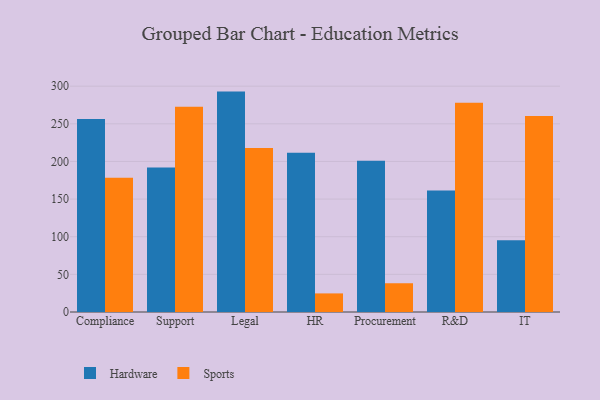
{"axis": {"x": "Department", "y": "Website Visitors"}, "legend": ["Hardware", "Sports"], "data": [{"x": "Compliance", "y": 256.3, "type": "Hardware"}, {"x": "Compliance", "y": 178.5, "type": "Sports"}, {"x": "Support", "y": 192.0, "type": "Hardware"}, {"x": "Support", "y": 272.6, "type": "Sports"}, {"x": "Legal", "y": 292.8, "type": "Hardware"}, {"x": "Legal", "y": 217.8, "type": "Sports"}, {"x": "HR", "y": 211.7, "type": "Hardware"}, {"x": "HR", "y": 24.7, "type": "Sports"}, {"x": "Procurement", "y": 200.8, "type": "Hardware"}, {"x": "Procurement", "y": 38.2, "type": "Sports"}, {"x": "R&D", "y": 161.5, "type": "Hardware"}, {"x": "R&D", "y": 278.0, "type": "Sports"}, {"x": "IT", "y": 95.2, "type": "Hardware"}, {"x": "IT", "y": 260.5, "type": "Sports"}]}